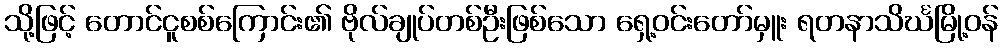
သို့ဖြင့် တောင်ငူစစ်ကြောင်း၏ ဗိုလ်ချုပ်တစ်ဦးဖြစ်သော ရှေ့ဝင်းတော်မှူး ရတနာသိင်္ဃမြို့ဝန်